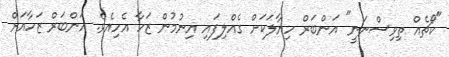
"ކޯޗެއް ތިވިސްނަނީ" އަންބަރް ހިޔާލަކަށް ގެއްލިފައި އިނުމުން ޒަހާ އެހިއެވެ. އަންބަރް ޒަހާއަށް